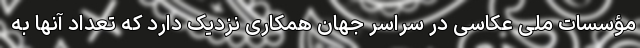
مؤسسات ملی عکاسی در سراسر جهان همکاری نزدیک دارد که تعداد آنها به